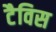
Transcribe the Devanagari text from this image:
टैविस